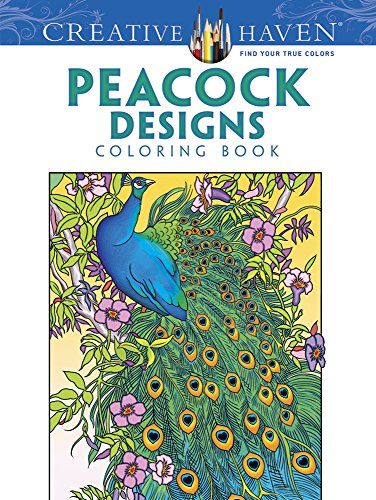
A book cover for Creative Haven Peacock Designs Coloring Book (Creative Haven Coloring Books); Marty Noble; Arts & Photography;